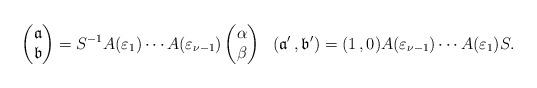
LaTeX: \begin{align*}\left(\begin{matrix}\mathfrak{a} \\\mathfrak{b}\end{matrix}\right) =S^{-1} A(\varepsilon_1)\cdots A(\varepsilon_{\nu-1})\left(\begin{matrix}\alpha\\\beta\end{matrix}\right)\ \ (\mathfrak a'\,,\mathfrak b') = (1\,,0) A(\varepsilon_{\nu-1}) \cdots A(\varepsilon_1) S.\end{align*}